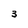
Character: 3